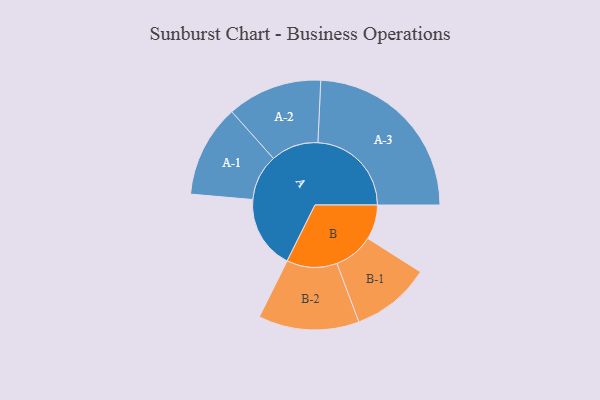
{"axis": {"x": "Segment", "y": "Value"}, "legend": ["", "A", "B"], "data": [{"x": "A", "y": 233, "type": ""}, {"x": "B", "y": 110, "type": ""}, {"x": "A-1", "y": 147, "type": "A"}, {"x": "A-2", "y": 151, "type": "A"}, {"x": "A-3", "y": 297, "type": "A"}, {"x": "B-1", "y": 126, "type": "B"}, {"x": "B-2", "y": 160, "type": "B"}]}